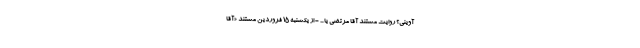
آوینی؟ روایت مستند آقا مرتضی یا ... - از یکشنبه 15 فروردین مستند «آقا